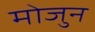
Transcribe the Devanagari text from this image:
मोजुन